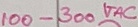
Text: 100-300VAC